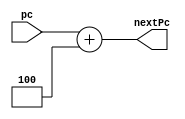
`timescale 1ns / 1ps

module PcAdder(input [31:0] pc, output reg [31:0] nextPc);
  
   always @(*)begin
       nextPc <= pc + 32'd4;
   end
endmodule